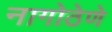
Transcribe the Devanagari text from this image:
नागोठेणे